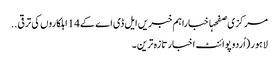
مرکزی صفحہاخباراہم خبریں ایل ڈی اے کے14اہلکاروں کی ترقی ..
لاہور (اُردو پوائنٹ اخبار تازہ ترین۔